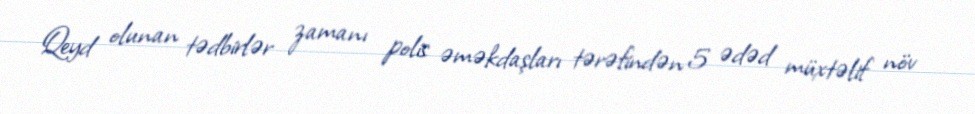
Qeyd olunan tədbirlər zamanı polis əməkdaşları tərəfindən 5 ədəd müxtəlif növ